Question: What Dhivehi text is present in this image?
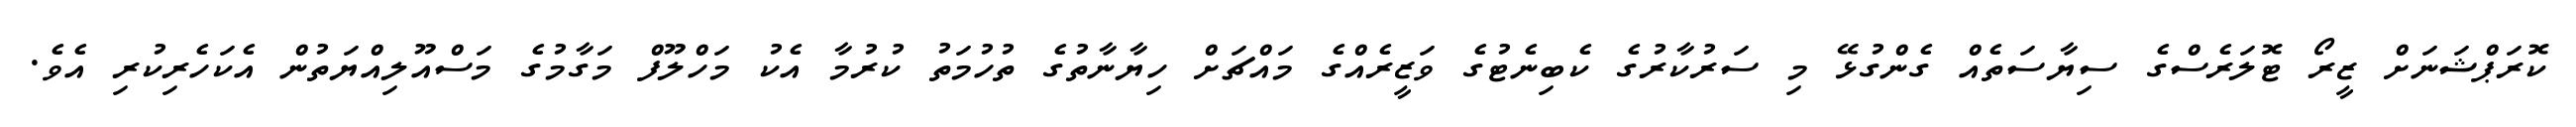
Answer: ކޮރަޕްޝަނަށް ޒީރޯ ޓޮލަރެސްގެ ސިޔާސަތެއް ގެންގުޅޭ މި ސަރުކާރުގެ ކެބިނެޓުގެ ވަޒީރެއްގެ މައްޗަށް ހިޔާނާތުގެ ތުހުމަތު ކުރުމާ އެކު މަހްލޫފް މަގާމުގެ މަސްއޫލިއްޔަތުން އެކަހެރިކުރި އެވެ.